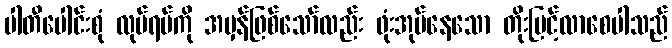
ပါတီပေါင်းစုံ လုပ်ရပ်ကို အမှန်ဖြစ်သော်လည်း ဖုံးအုပ်နေသော တိုးမြင့်လာစေပါသည်